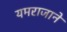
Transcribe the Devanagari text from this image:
यमराजाने